Annual report on the working of the lock hospitals in the North-Western Provinces and Oudh
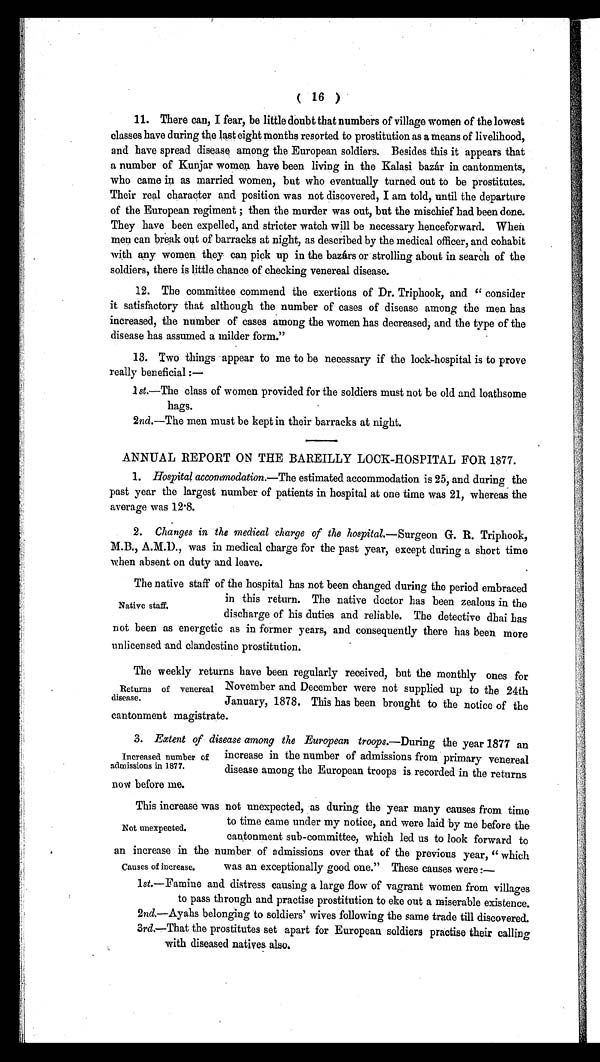
( 16 )
11. There can, I fear, be little doubt that numbers of village women of the lowest
classes have during the last eight months resorted to prostitution as a means of livelihood,
and have spread disease among the European soldiers. Besides this it appears that
a number of Kunjar women have been living in the Kalasi bazár in cantonments,
who came in as married women, but who eventually turned out to be prostitutes.
Their real character and position was not discovered, I am told, until the departure
of the European regiment ; then the murder was out, but the mischief had been done.
They have been expelled, and stricter watch will be necessary henceforward. When
men can break out of barracks at night, as described by the medical officer, and cohabit
with any women they can pick up in the bazárs or strolling about in search of the
soldiers, there is little chance of checking venereal disease.
12. The committee commend the exertions of Dr. Triphook, and " consider
it satisfactory that although the number of cases of disease among the men has
increased, the number of cases among the women has decreased, and the type of the
disease has assumed a milder form."
13. Two things appear to me to be necessary if the lock-hospital is to prove
really beneficial :—
1st.—The class of women provided for the soldiers must not be old and loathsome
hags.
2nd.—The men must be kept in their barracks at night.
ANNUAL REPORT ON THE BAREILLY LOCK-HOSPITAL FOR 1877.
1. Hospital accommodation.— The estimated accommodation is 25, and during the
past year the largest number of patients in hospital at one time was 21, whereas the
average was 12·8.
2. Changes in the medical charge of the hospital.— Surgeon G. R. Triphook,
M.B., A.M.D., was in medical charge for the past year, except during a short time
when absent on duty and leave.
The native staff of the hospital has not been changed during the period embraced
in this return. The native doctor has been zealous in the
discharge of his duties and reliable. The detective dhai has
not been as energetic as in former years, and consequently there has been more
unlicensed and clandestine prostitution.
The weekly returns have been regularly received, but the monthly ones for
November and December were not supplied up to the 24th
January, 1878. This has been brought to the notice of the
cantonment magistrate.
3. Extent of disease among the European troops. —During the year 1877 an
increase in the number of admissions from primary venereal
disease among the European troops is recorded in the returns
now before me.
This increase was not unexpected, as during the year many causes from time
to time came under my notice, and were laid 'by me before the
cantonment sub-committee, which led us to look forward to
a n i n c r e a s ein the number of admissions over that of the previous year, " which
was an exceptionally good one." These causes were :—
l st.—Famine and distress causing a large flow of vagrant women from villages
to pass through and practise prostitution to eke out a miserable existence
.
2nd.—Ayahs belonging to soldiers' wives following the same trade till discovered.
3rd.—That the prostitutes set apart for European soldiers practise their calling
with diseased natives also.
Native staff.
Returns of venereal
disease.
Increased number of
admissions in 1877.
Not unexpected.
Causes of increase.
IE
lk